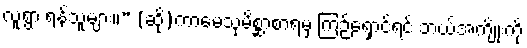
လူ့ရွာ ရန်သူများ။” (ဆို)ကာမေသုမိစ္ဆာစာရမှ ကြဉ်ရှောင်ရင် ဘယ်အကျိုးကို